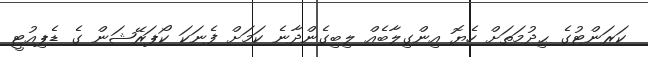
ކަރަންޓުގެ ޙިދުމަތަށް ހެޔޮ އިންގިލާބެއް ލިބިގެންދާނެ ކަމަށް ފެނަކަ ކޯޕަރޭޝަން ގެ ޑެޕިއުޓީ